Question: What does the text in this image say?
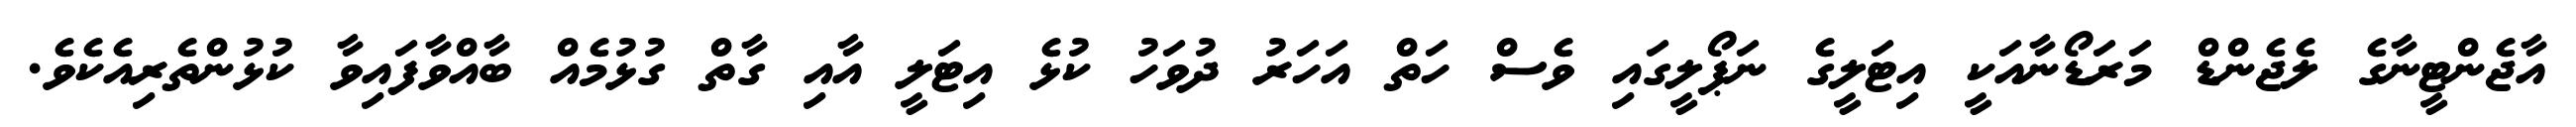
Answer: އާޖެންޓީނާގެ ލެޖެންޑް މަރަޑޯނާއަކީ އިޓަލީގެ ނަޕޯލީގައި ވެސް ހަތް އަހަރު ދުވަހު ކުޅެ އިޓަލީ އާއި ގާތް ގުޅުމެއް ބާއްވާފައިވާ ކުޅުންތެރިއެކެވެ.